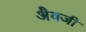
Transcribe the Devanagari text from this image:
अैवजी